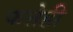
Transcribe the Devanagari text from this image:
फत्तेही